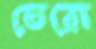
তেরো